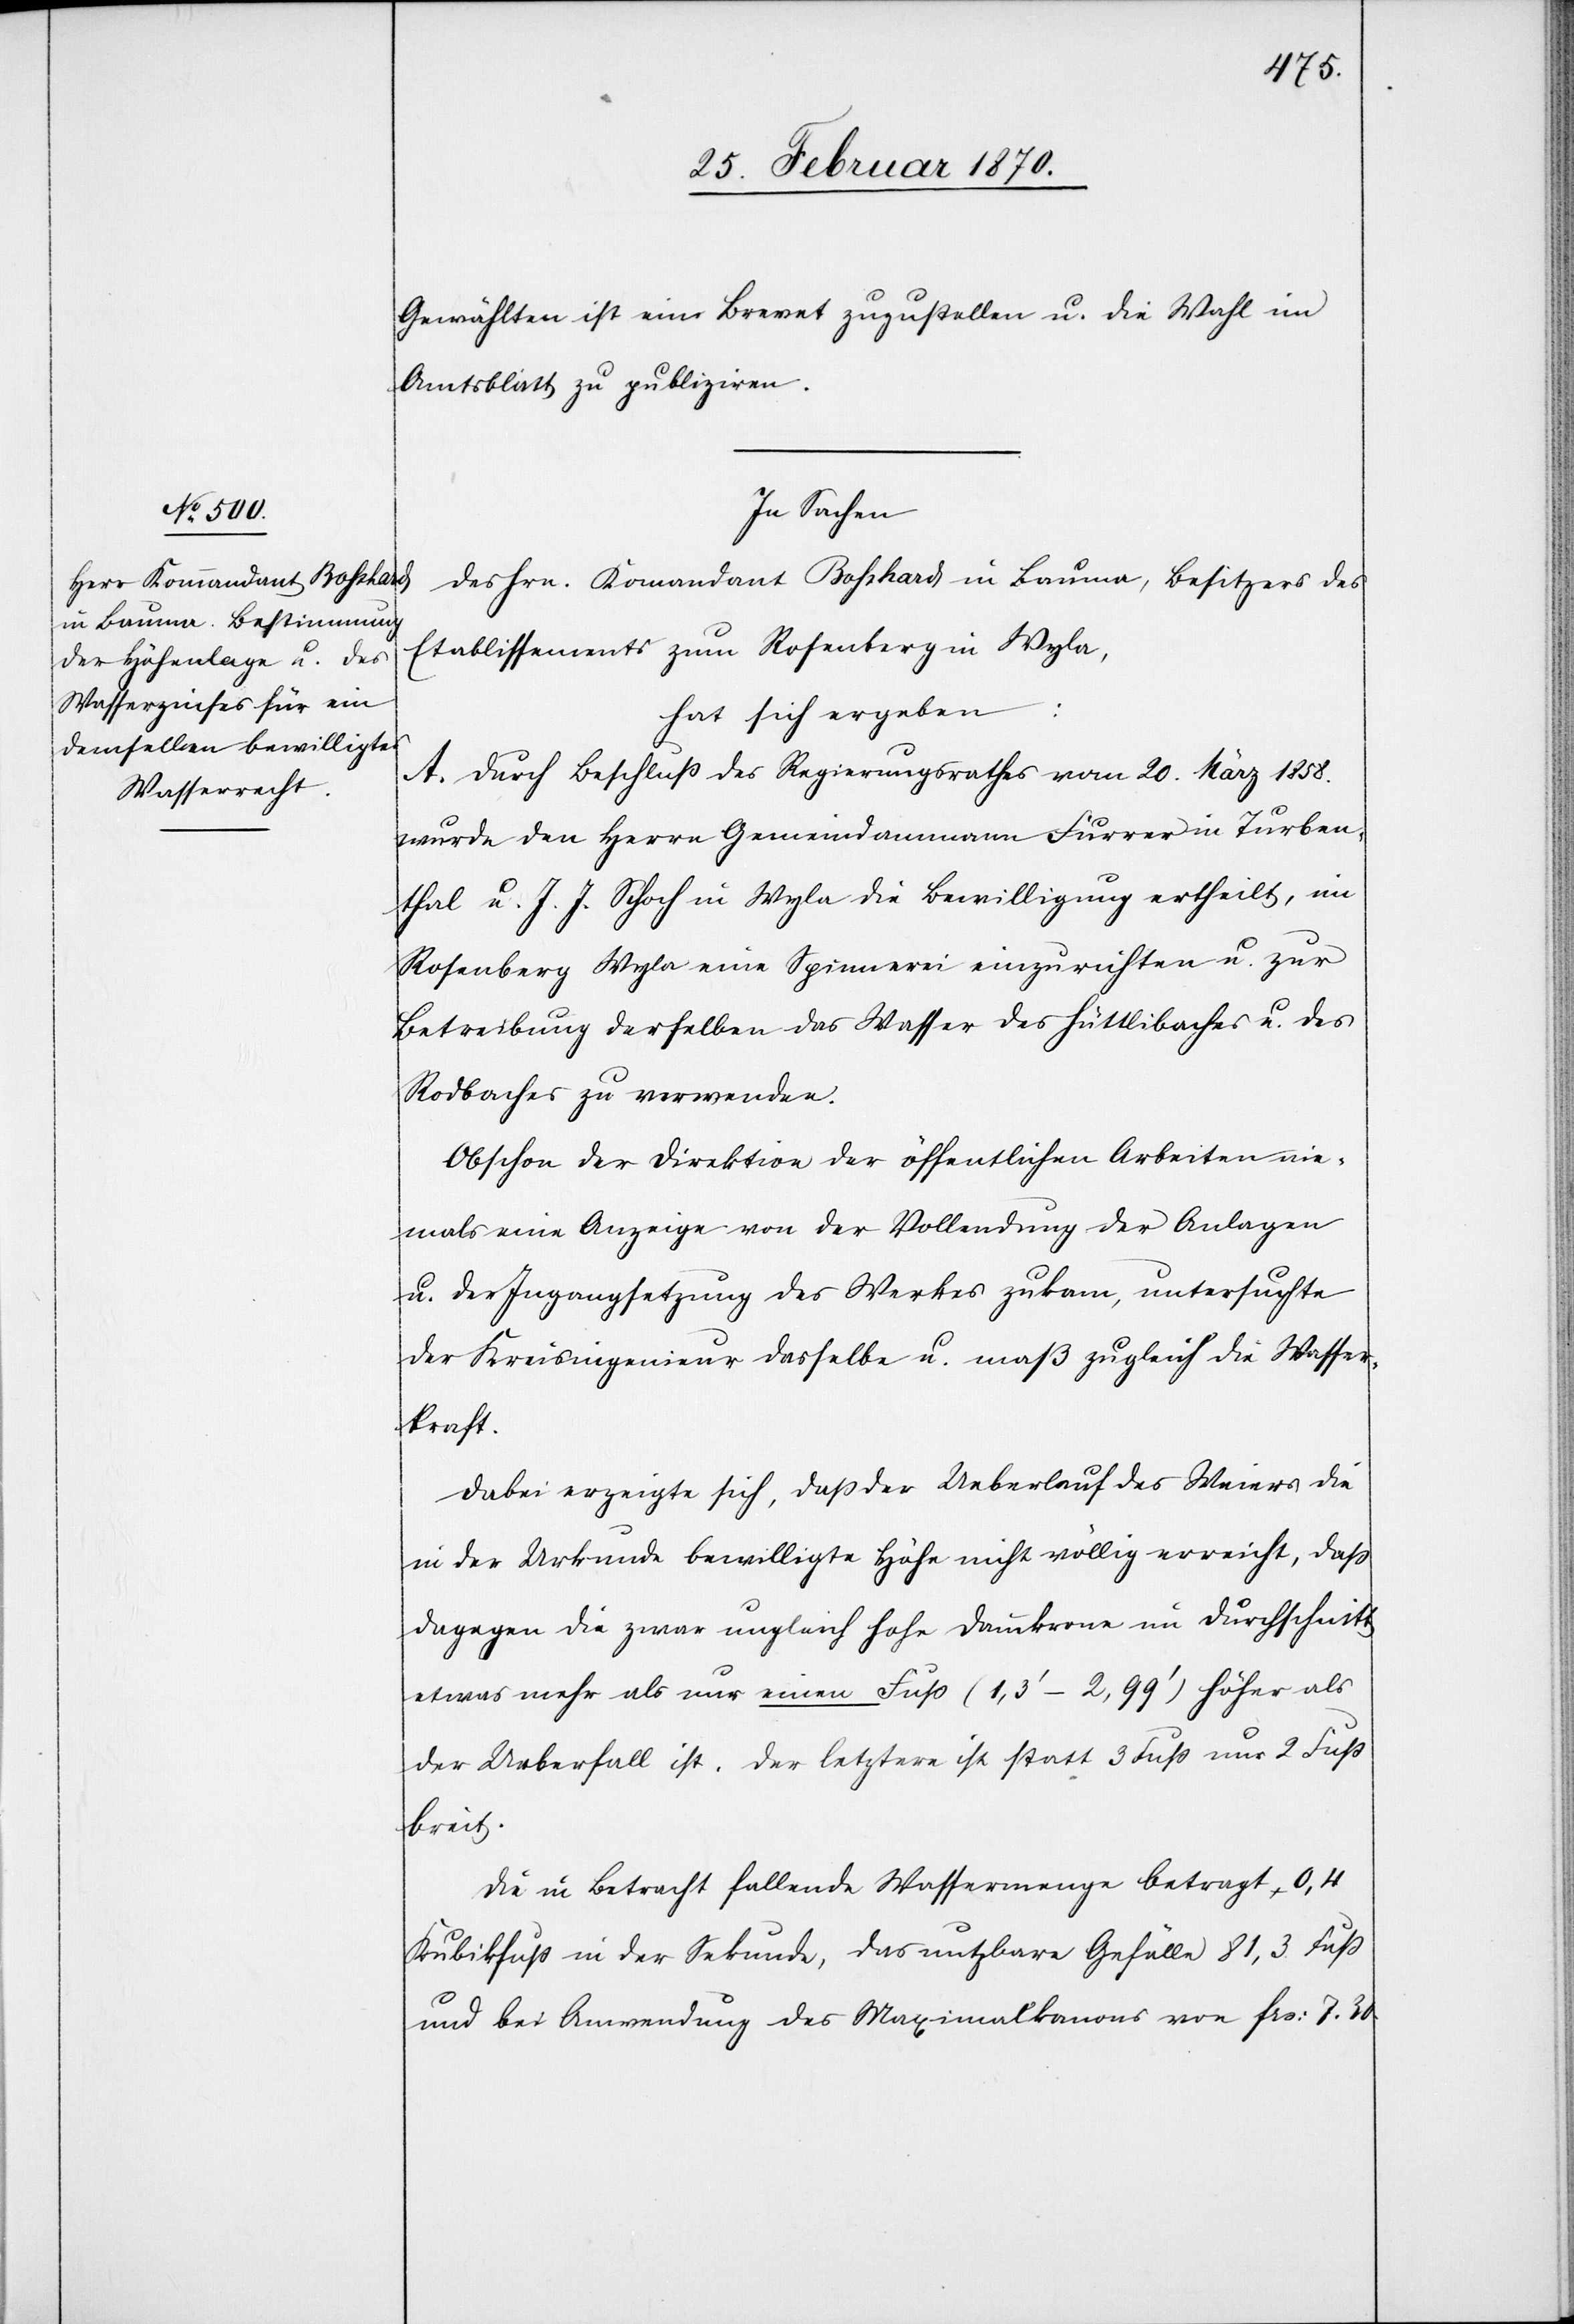
Gewählten ist ein Brevet zuzustellen u. die Wahl im
Amtsblatt zu publiziren.
In Sachen
des Hrn. Komandant Bosshard in Bauma, Besitzers des
Etablissements zum Rosenberg in Wyla,
hat sich ergeben:
A. Durch Beschluß des Regierungsrathes vom 20. März 1858.
wurde den Herrn Gemeindammann Furrer in Turben¬
thal u. J. J. Schoch in Wyla die Bewilligung ertheilt, im
Rosenberg Wyla eine Spinnerei einzurichten u. zur
Betreibung derselben das Wasser des Hüttlibaches u. des
Rodbaches zu verwenden.
Obschon der Direktion der öffentlichen Arbeiten nie¬
mals eine Anzeige von der Vollendung der Anlagen
u. der Ingangsetzung des Werkes zukam, untersuchte
der Kreisingenieur dasselbe u. maß zugleich die Wasser¬
kraft.
Dabei erzeigte sich, daß der Ueberlauf des Weiers die
in der Urkunde bewilligte Höhe nicht völlig erreicht, daß
dagegen die zwar ungleich hohe Dammkrone im Durchschnitt
etwas mehr als nur einen Fuß (1,3‘ – 2,99‘) höher als
der Ueberfall ist. Der letztere ist statt 3 Fuß nur 2 Fuß
breit.
Die in Betracht fallende Wassermenge betragt 0,4
Kubikfuß in der Sekunde, das nutzbare Gefälle 81,3 Fuß
und bei Anwendung des Maximalkanons von frs: 7,30.